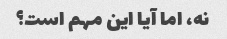
نه، اما آیا این مهم است؟